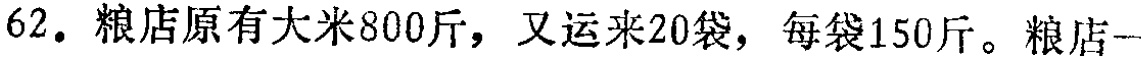
62. 粮店原有大米800斤，又运来20袋，每袋150斤。粮店一